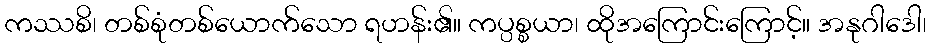
ကဿစိ၊ တစ်စုံတစ်ယောက်သော ရဟန်း၏။ ကပ္ပစ္စယာ၊ ထိုအကြောင်းကြောင့်။ အနုဂါဒေါ၊